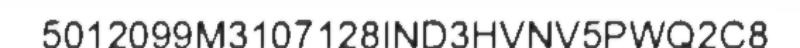
5012099M3107128IND3HVNV5PWQ2C8